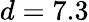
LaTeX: d=7.3